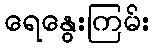
ရေနွေးကြမ်း